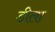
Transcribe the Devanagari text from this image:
डीला